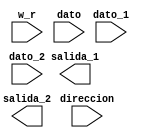
`timescale 1ps/1ps

module banco_de_registro
(
input [4:0]dato_1,
input [4:0]dato_2,
input [4:0]direccion,
input w_r,//0 escritura    1 lectura
input [31:0]dato,//el dato que se ecribe
output reg [31:0]salida_1,
output reg [31:0]salida_2
);
reg [31:0]men[31:0];
always @(*)
begin 
	if(w_r==0)//escribir
	begin
		men[direccion]=dato;
	end
	
	//else
	//begin
		//salida_1=men[dato_1];
		//salida_2=men[dato_2];
	//end
end 
endmodule